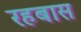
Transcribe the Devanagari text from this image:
रहबास